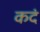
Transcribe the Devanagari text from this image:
कदं